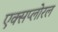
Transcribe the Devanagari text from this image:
एक्सप्लोरल